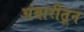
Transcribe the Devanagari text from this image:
अंबारीतून